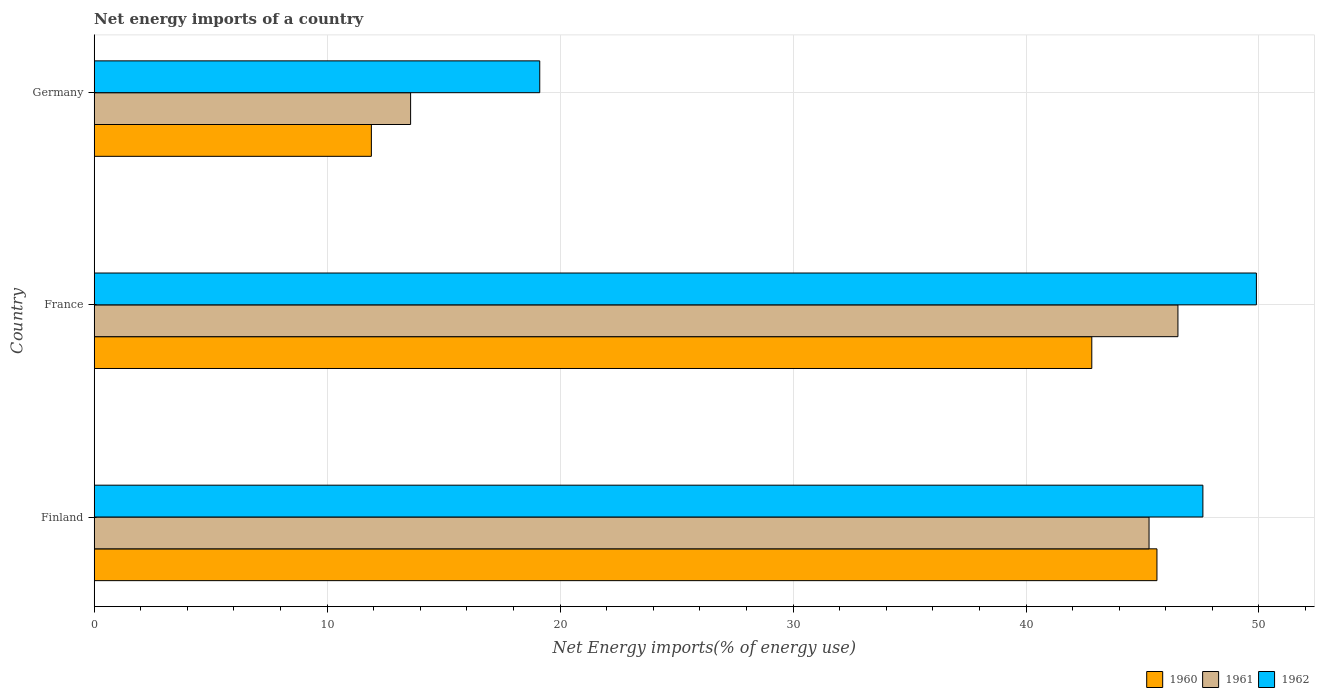
| Country | 1960 | 1961 | 1962 |
 | --- | --- | --- | --- |
 | Finland | 45.6 | 45.3 | 47.6 |
 | France | 42.8 | 46.5 | 49.9 |
 | Germany | 11.9 | 13.6 | 19.1 |